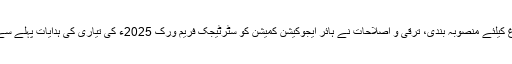
اعلیٰ تعلیم کے فروغ کیلئے منصوبہ بندی، ترقی و اصلاحات نے ہائر ایجوکیشن کمیشن کو سٹرٹیجک فریم ورک 2025ء کی تیاری کی ہدایات پہلے سے ہی جاری کی ہیں۔